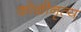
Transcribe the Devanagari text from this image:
कोळीनृत्य